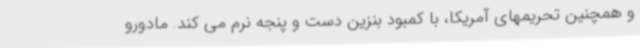
و همچنین تحریمهای آمریکا، با کمبود بنزین دست و پنجه نرم می کند. مادورو